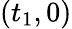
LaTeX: (t_{1},0)